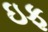
ઇફ